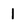
Character: l